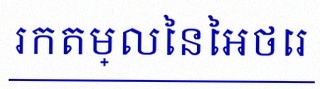
រកតម្លៃនៃអថេរ